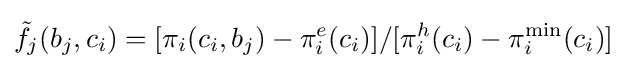
{\tilde {f}}_{j}(b_{j},c_{i})=[\pi _{i}(c_{i},b_{j})-\pi _{i}^{e}(c_{i})]/[\pi _{i}^{h}(c_{i})-\pi _{i}^{\text{min}}(c_{i})]